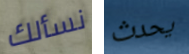
نسألك يحدث